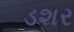
ડશર